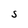
Character: S